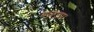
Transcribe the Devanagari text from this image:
बछडा।